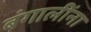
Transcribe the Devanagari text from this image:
बंगालींना